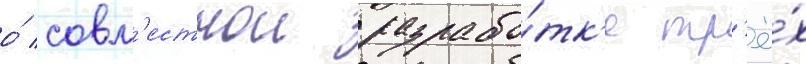
о́ совм'естнои разрабо́тк'е тр'ё́х